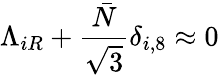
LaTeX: \Lambda_{iR}+\frac{\bar{N}}{\sqrt 3}\delta_{i,8}\approx 0